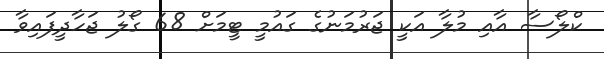
ކްލޯސާ އާއި މުލާ އަކީ ޖަރުމަނުގެ ގައުމީ ޓީމަށް 68 ގޯލު ޖަހާދީފައިވާ